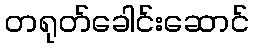
တရုတ်ခေါင်းဆောင်